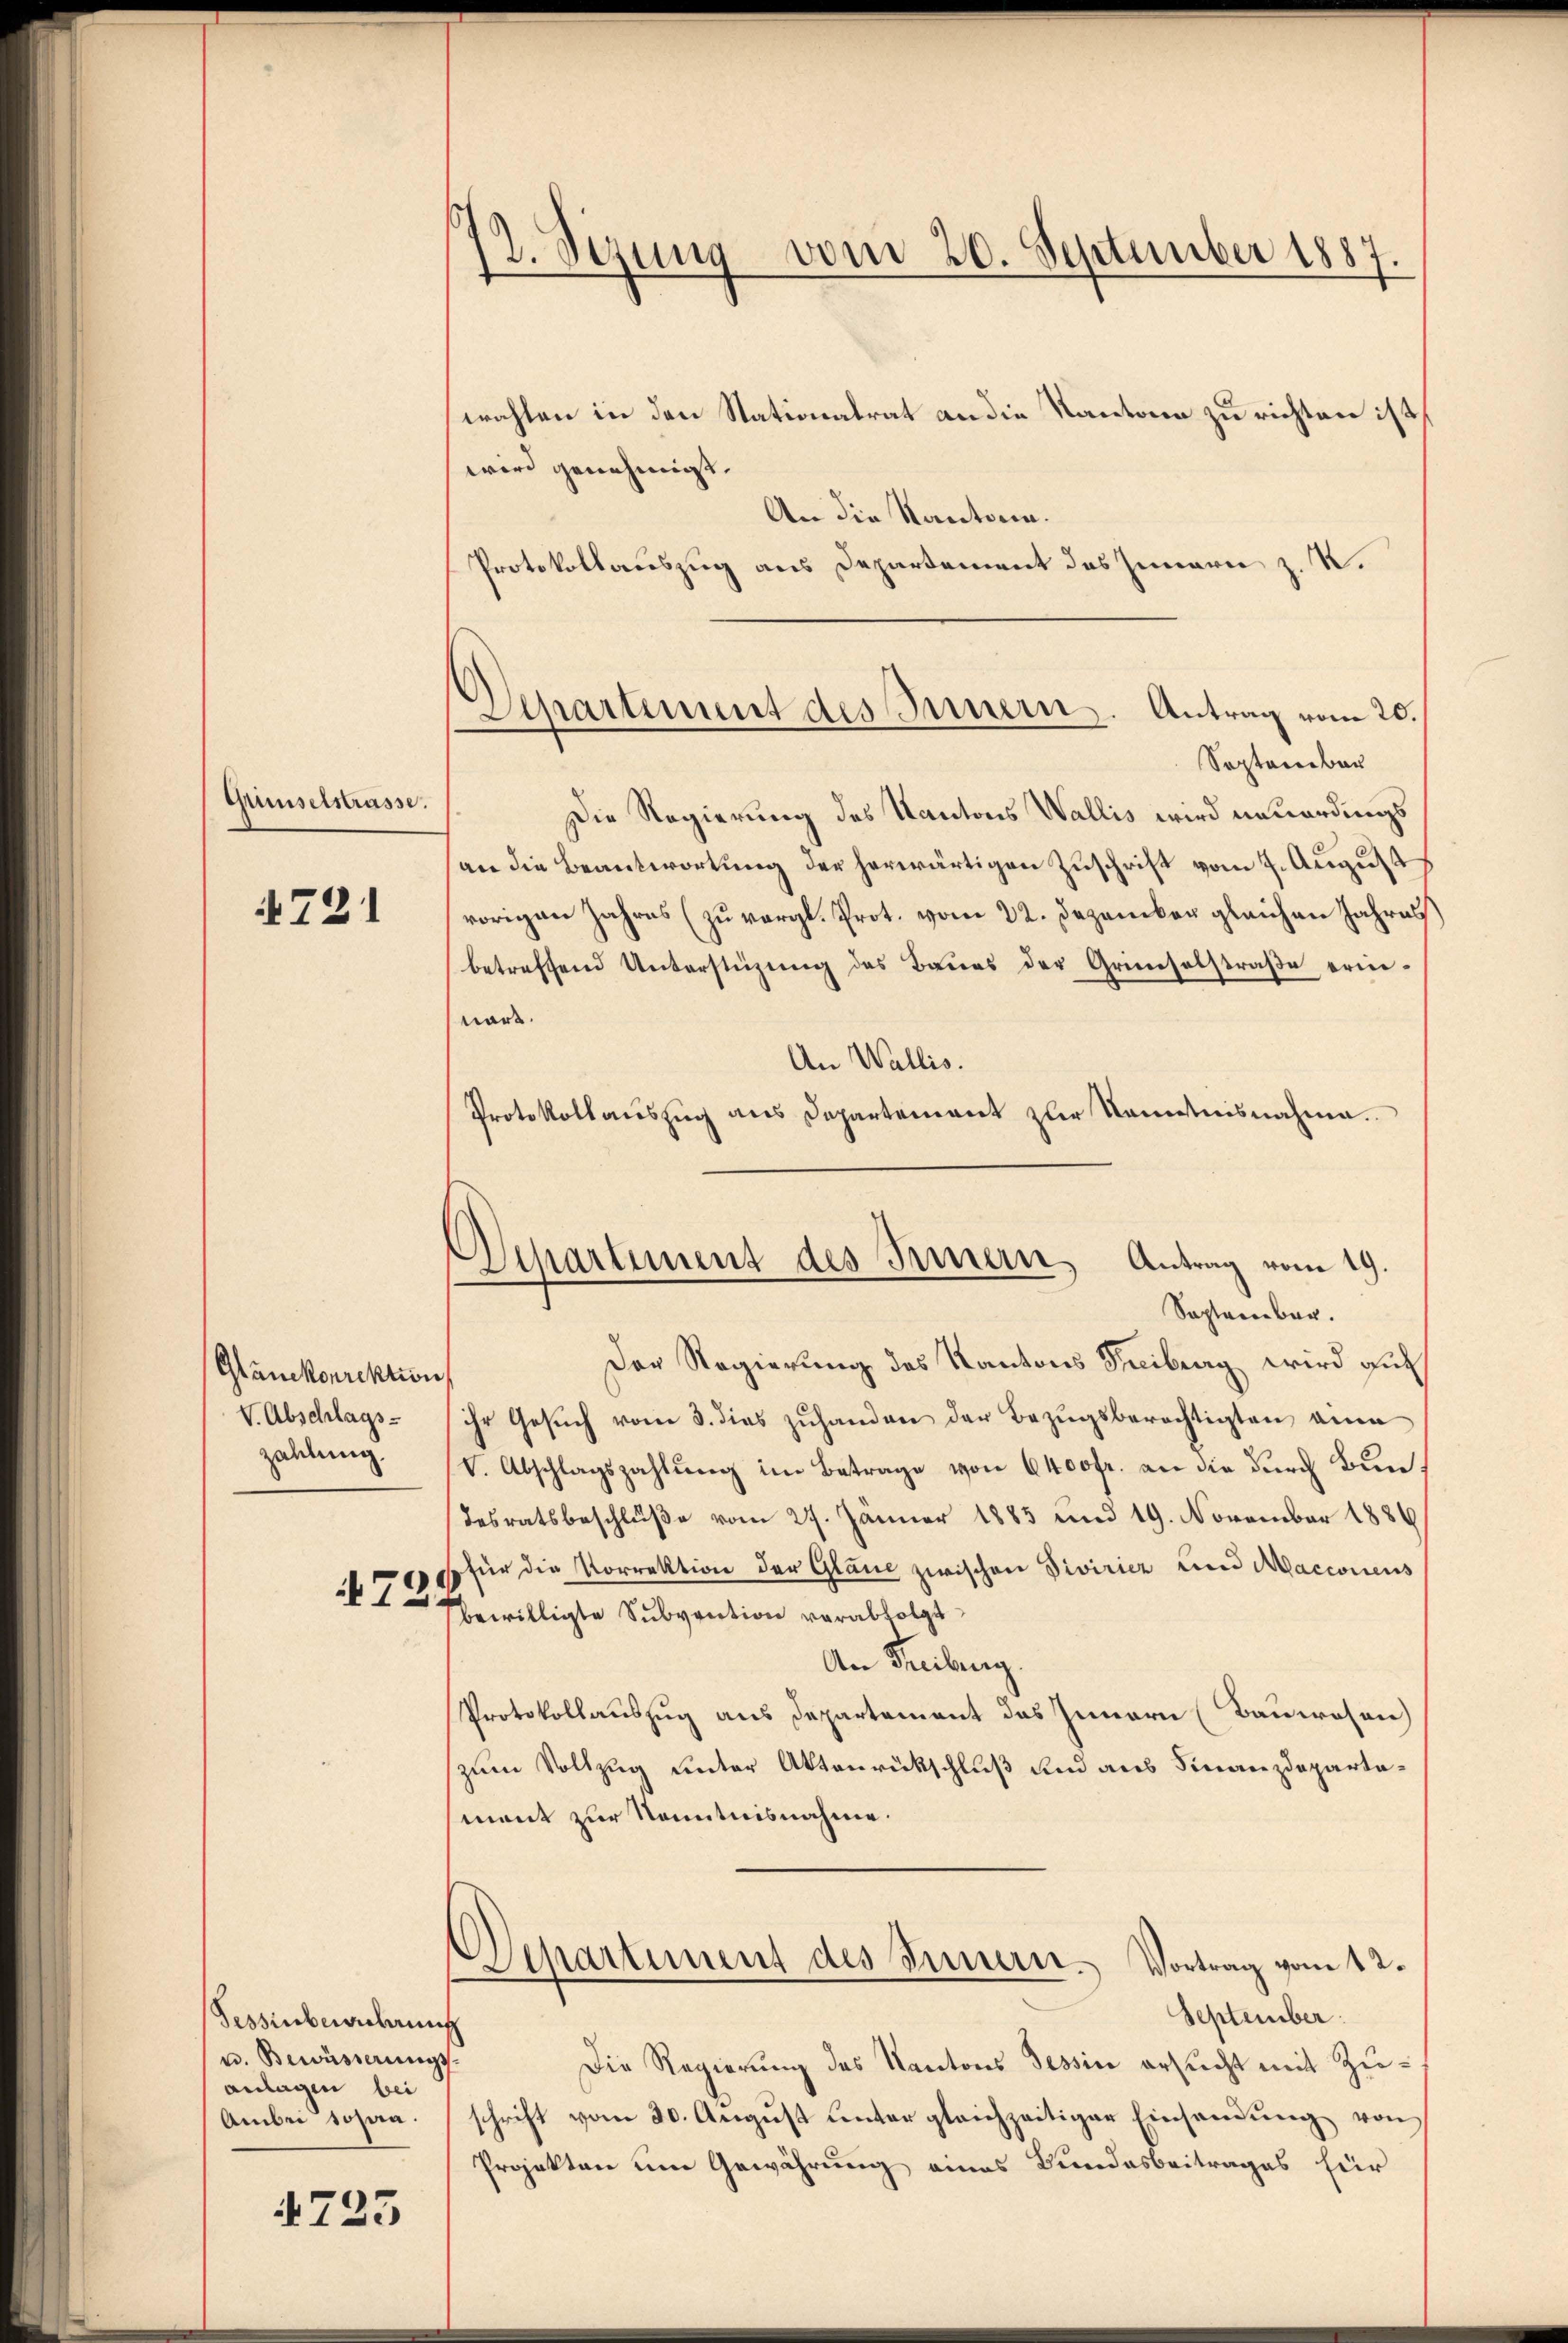
Grünselstrasse.

4721

Glänckorrektion
V. Abschlags-
zahlung.

4723

72.

Pessinbericherung
u. Bewässerungs
anlagen bei
Amber Johan.

¬
12. Setzung vom 20. September 1887

wahlen in den Stationalrat an die Kantone zu richten ist,
wird genehmigt. |
An die Kantoren.
Protokollauszug aus Departement des Innern z. R.
September
Die Regierung des Kantons Wallis wird neuerdings
an die Beantwortung der herwärtigen Zuschrift vom 7. Augusts
vorigen Jahres (zu vergl. Prot. vom 22. Dezember gleichen Jahres
betreffend Unterstüzung des Baues der Grinselstraβe erinnärt.
An Wallis.
Protokollauszug aus Departement zur Kenntnisnahme.
Der Regierung des Kantons Freiburg wird auf
ihr Gesuch vom 3. dies zuhanden der Bezugsberechtigten eine
V. Abschlagszahlŭng im Betrage von 6400fr. an die durch Bun¬
Tesratsbeschluße vom 27. Jänner 1885 und 19. November 1886
für die Korrektion der Gläne zwischen Divirier und Macionens
bewilligte Subvention verabfolgt
An Freiburg.
Protokollauszug aus Departement das Innern (Bauwesen)
zum Vollzug unter Aktenrückschluß und aus Finanzdepartament zur Kenntnisnahme.
Separtement des Innern. Vortrag vom 12.
September.
¬
Die Regierŭng des Kantons Tessin ersucht mit Zuschrift vom 30. August unter gleichzeitiger Einsamung von
Projekten um Gewährung eines Bundesbeitrages für

Departement des Innern. Antrag vom 20.

Departement des Innern, Antrag vom 19.
September.